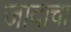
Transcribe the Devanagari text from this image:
जादाचा